NAE_ERA_R-2078_Sihtasutus_Eesti_Kontsert, lk 98
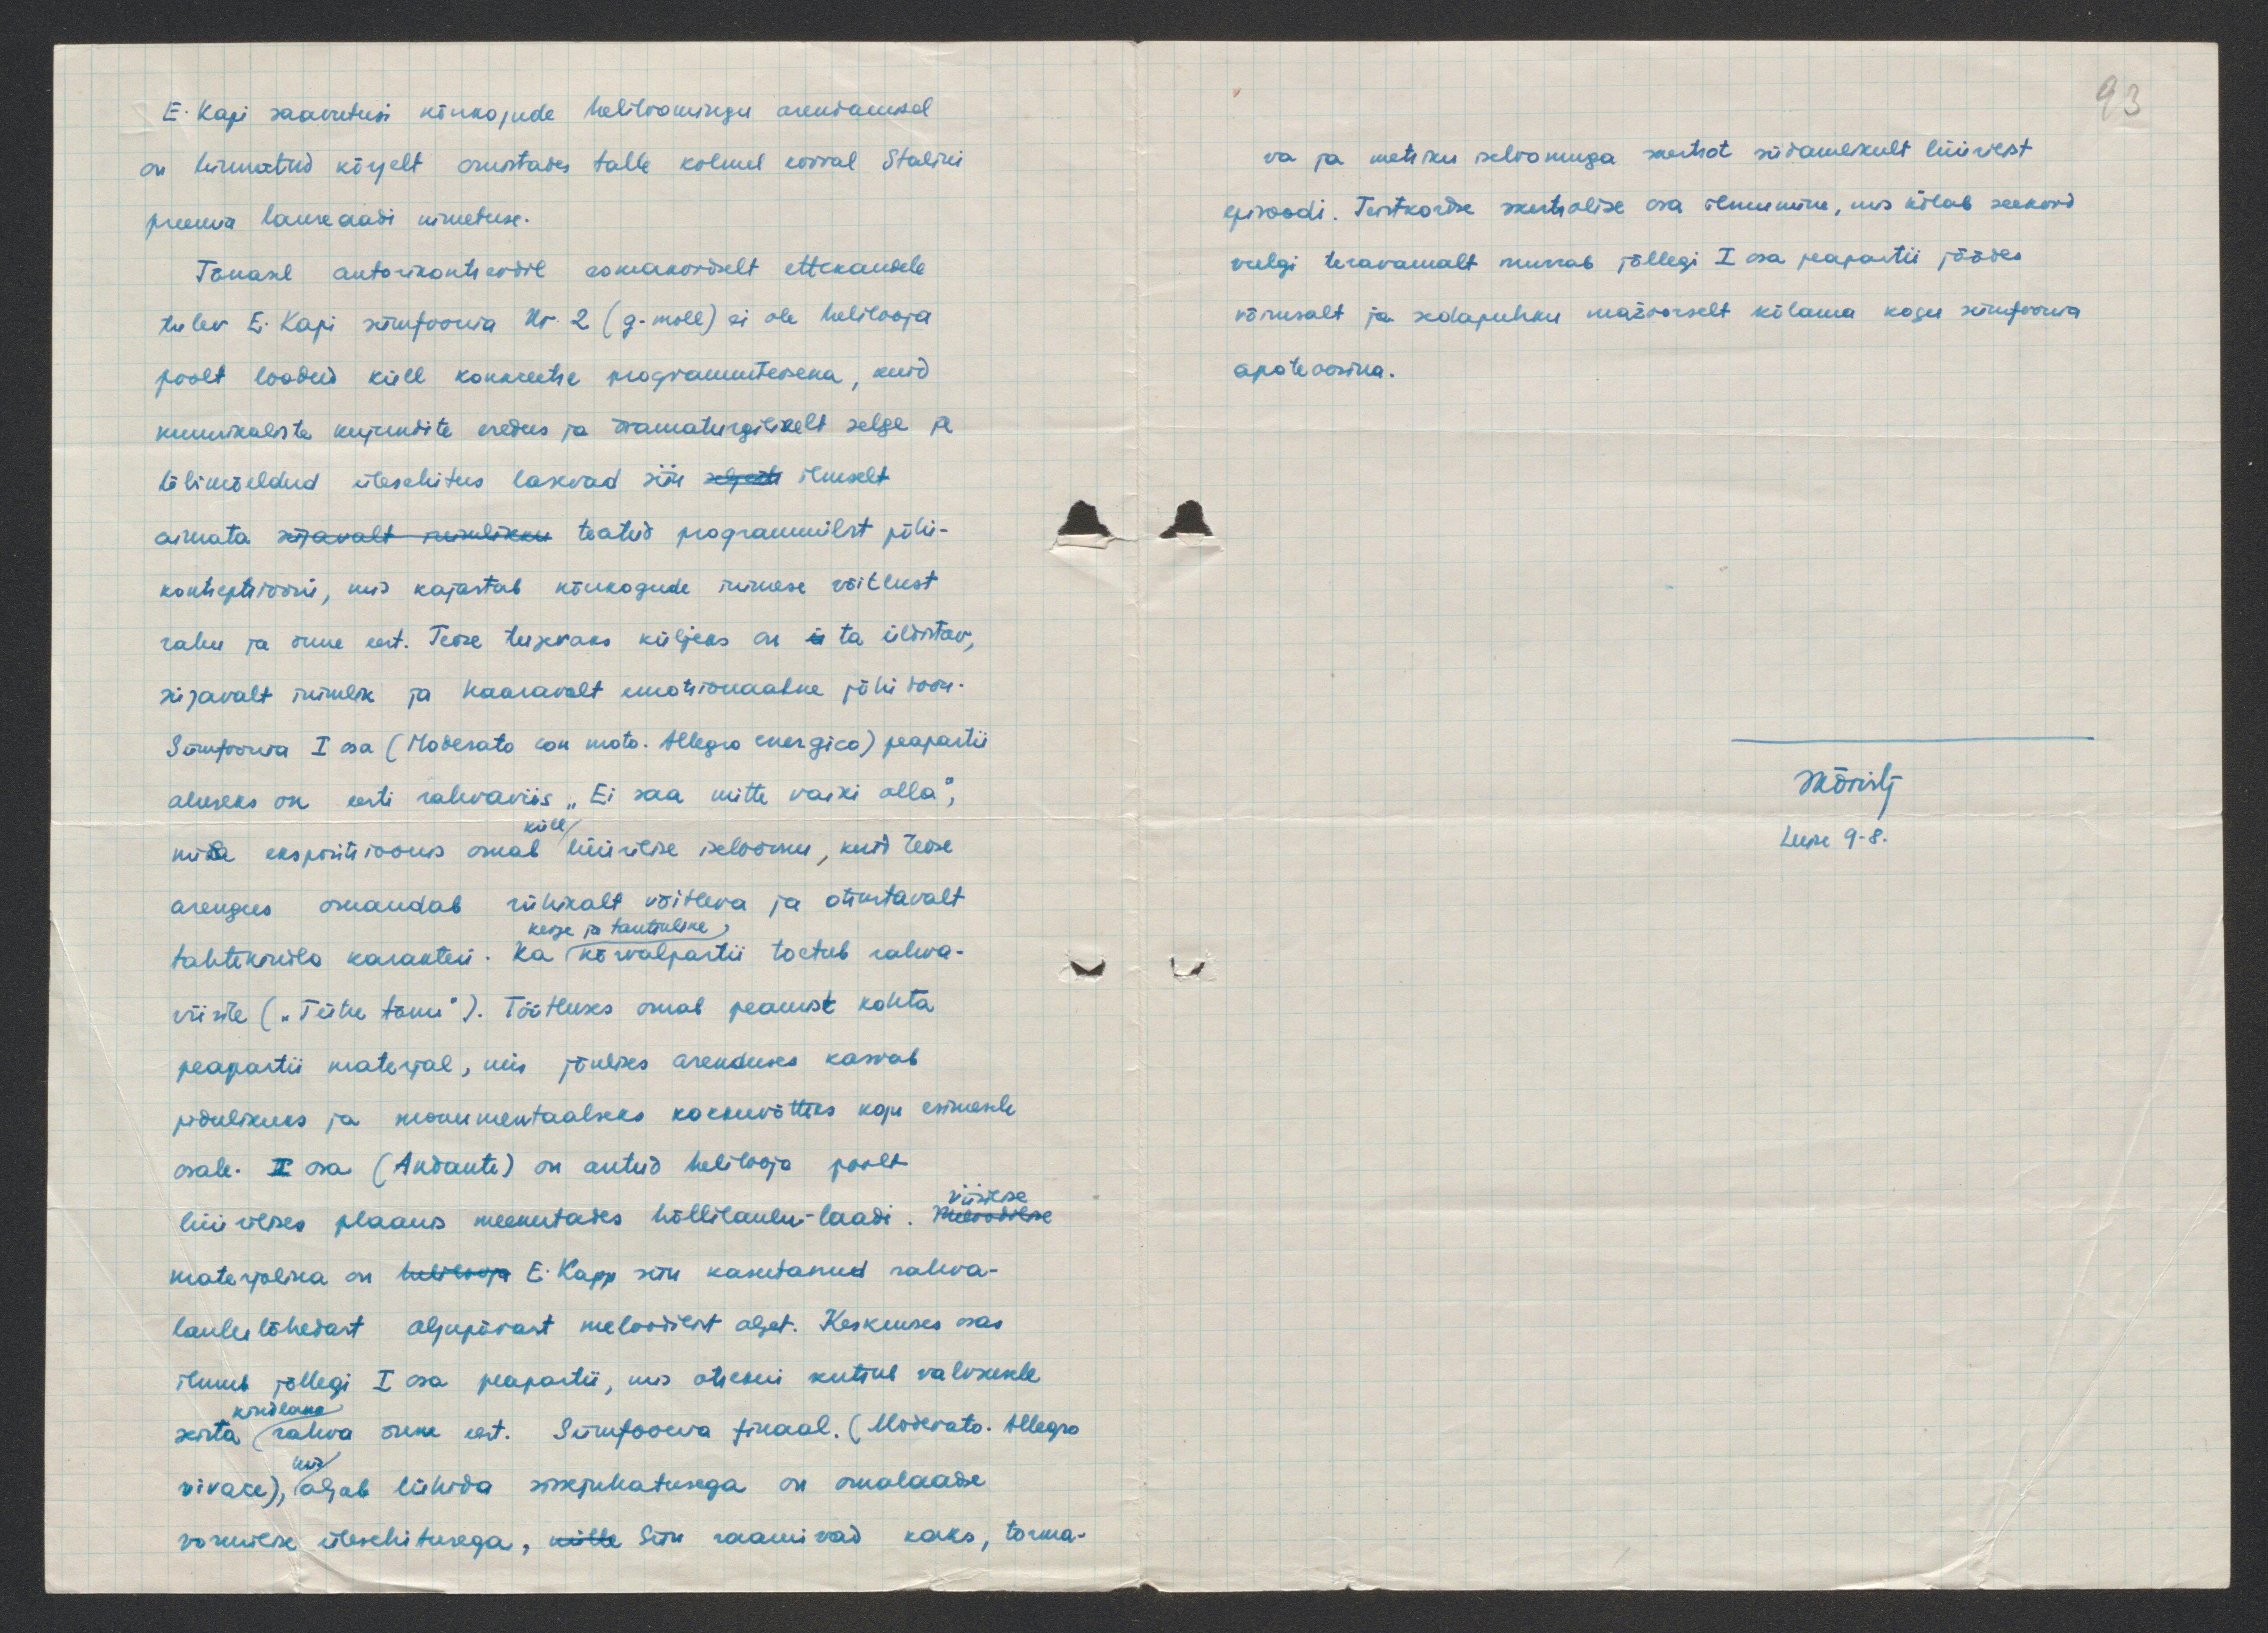
E. Kapi saavutusi nõukogude heliloomingu arendamisel
on hinnatud kõrgelt osustades talle kolmel korral Stalini
preemia laureaadi nimetuse.
Tänasel autorikontsertil esmakordselt ettekandmisele
tulev E. Kapi sümfoonia Nr. 2 (g-moll) ei ole helilooja
poolt loodud küll konkreetse programmiteosena, kuid
muusikaliste kujundite eredus ja dramaturgiliselt selge ja
läbimõeldud ülesehitus lasevad siin seljate ilmselt
aimata sõjavalt kuulikku teatud programmilist põhi-
kontseptsiooni, mis kajastab nõukogude inimese võitlust
rahu ja õnne eest. Teose tugevaks küljeks on et ta ülistav,
sügavalt inimlik ja kaasavalt emotsionaalne põhi toon.
Sümfoonia I osa (Moderato сon moto. Allegro energico) peapartii
aluseks on eesti rahvaviis "Ei saa mitte vaiki olla",
küll
mida ekspositsioonis omal lüürilise iseloomu, kuid teose
arengus omandab rühikalt võitleva ja otsustavalt
kerge ja tantsuline
tahtekindla karakteri. Ka kõrvalpartii toetub rahva-
viisile ("Tütre tänu"). Töötluses omab peamist kohta
peapartii materjal, mis jõulises arenduses kasvab
pidulikuks ja monumentaalseks kokkuvõttes kogu esimesele
osale. II osa (Andante) on antud helilooja poolt
lüürilises plaanis meenutades hällilaulu-laadi. Viisilise
materjalina on helilooja E. Kapp nõu kasutanud rahva-
laulu lähedast algupärast meloodiliost alget. Keskmises osas
ilumb jällegi I osa peapartii, mis otsekui kutsub valvsusele
seista rahva õnne eest. Sümfoonia finaal. (Moderato Allegro
kindlaks
vivace), algab lühida sissejuhatusega on omalaadse
vormilise ülesehitusega, mille Siin raamivad kaks, torma-

93
va ja metsiku iseloomuga sartsot südamlikult lüürilist
episoodi. Teistkordse eventualise osa ilmumine, mis kõlab seekord
veelgi teravamalt murrab jällegi I osa peapartii jäädes
võimsalt ja sedapuhku mažoorselt kõlama kogu sümfoonia
apoteoosina.
Märiilj
Leese 9-8.